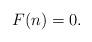
LaTeX: \begin{align*}F(n) = 0.\end{align*}